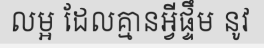
លម្អ ដែលគ្មានអ្វីផ្ទឹម នូវ